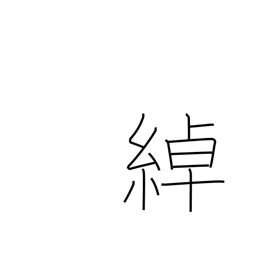
Meaning: loose